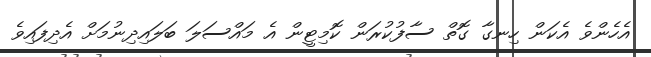
އެހެންވެ އެކަން ހިނގާ ގޮތް ސާފުކުރަން ކޮމިޓީން އެ މައްސަލަ ބަލައިދިނުމަށް އެދިފައިވެ